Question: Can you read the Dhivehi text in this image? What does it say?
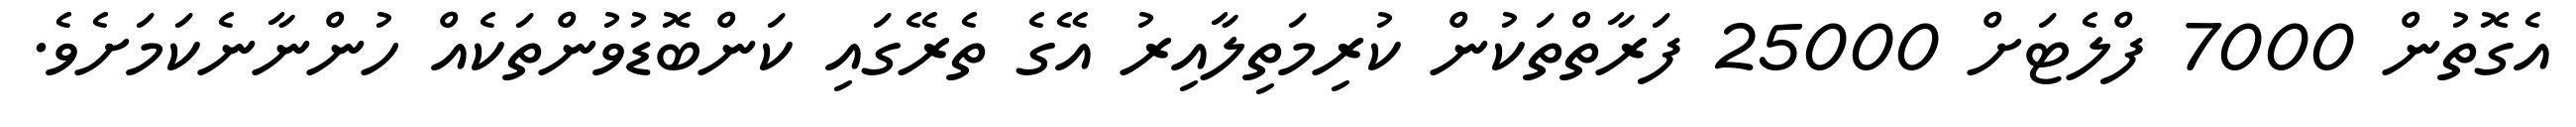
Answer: އެގޮތުން 7000 ފްލެޓަށް 25000 ފަރާތްތަކުން ކުރިމަތިލާއިރު އޭގެ ތެރޭގައި ކަންބޮޑުވުންތަކެއް ހުންނާނެކަމަށެވެ.